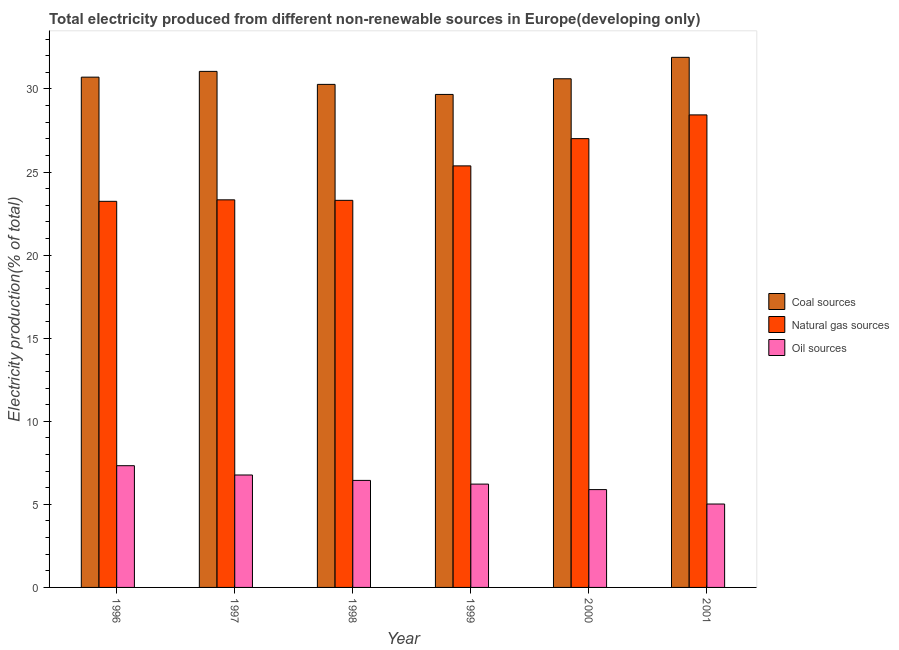
| Year | Coal sources | Natural gas sources | Oil sources |
 | --- | --- | --- | --- |
 | 1996 | 30.7 | 23.2 | 7.33 |
 | 1997 | 31.1 | 23.3 | 6.77 |
 | 1998 | 30.3 | 23.3 | 6.44 |
 | 1999 | 29.7 | 25.4 | 6.22 |
 | 2000 | 30.6 | 27 | 5.89 |
 | 2001 | 31.9 | 28.4 | 5.02 |